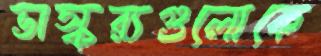
ভাস্কর্যগুলোকে